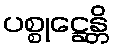
ပစ္စုဋ္ဌေန္တိ